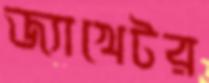
জ্যাখেটর